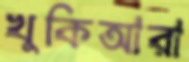
খুকিআরা